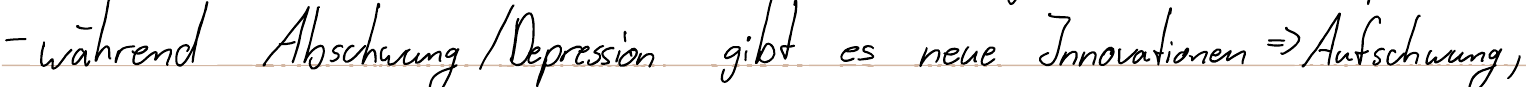
- während Abschwung / Depression gibt es neue Innovationen => Aufschwung,